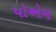
પોએમ